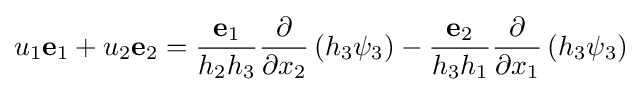
u_{1}\mathbf {e} _{1}+u_{2}\mathbf {e} _{2}={\frac {\mathbf {e} _{1}}{h_{2}h_{3}}}{\frac {\partial }{\partial x_{2}}}\left(h_{3}\psi _{3}\right)-{\frac {\mathbf {e} _{2}}{h_{3}h_{1}}}{\frac {\partial }{\partial x_{1}}}\left(h_{3}\psi _{3}\right)